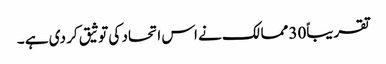
تقریباً30 ممالک نے اس اتحاد کی توثیق کر دی ہے ۔